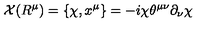
{ \cal X } ( R ^ { \mu } ) = \{ { \chi } , x ^ { \mu } \} = - i { \chi } { \theta } ^ { { \mu } { \nu } } { \partial } _ { \nu } { \chi }